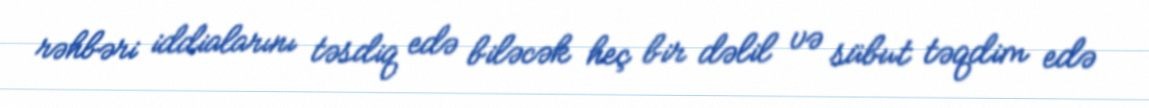
rəhbəri iddialarını təsdiq edə biləcək heç bir dəlil və sübut təqdim edə